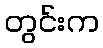
တွင်းက